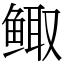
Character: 鲰